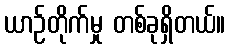
ယာဉ်တိုက်မှု တစ်ခုရှိတယ်။